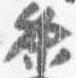
条